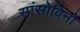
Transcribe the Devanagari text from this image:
सांसोविनों